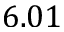
6 . 0 1